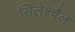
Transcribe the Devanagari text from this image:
सिलेश्चैल